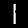
Digit: 1